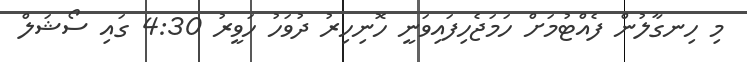
މި ހިނގާލުން ފެއްޓުމަށް ހަމަޖެހިފައިވަނީ ހޮނިހިރު ދުވަހު ހަވީރު 4:30 ގައި ސޯޝަލް